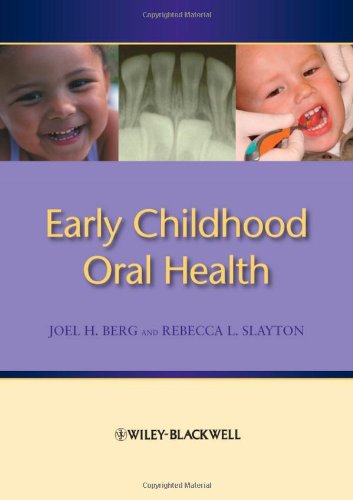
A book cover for Early Childhood Oral Health; Joel H. Berg; Medical Books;